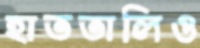
হাততালিও